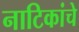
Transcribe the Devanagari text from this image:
नाटिकांचे